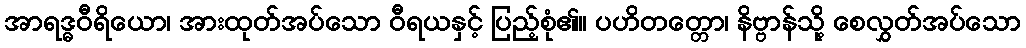
အာရဒ္ဓဝီရိယော၊ အားထုတ်အပ်သော ဝီရယနှင့် ပြည့်စုံ၏။ ပဟိတတ္တော၊ နိဗ္ဗာန်သို့ စေလွှတ်အပ်သော